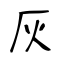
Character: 灰